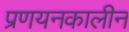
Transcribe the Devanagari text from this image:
प्रणयनकालीन